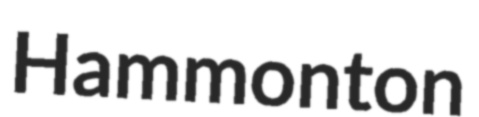
Hammonton